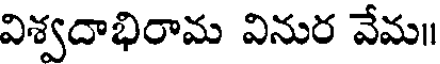
విశ్వదాభిరామ వినుర వేమ॥